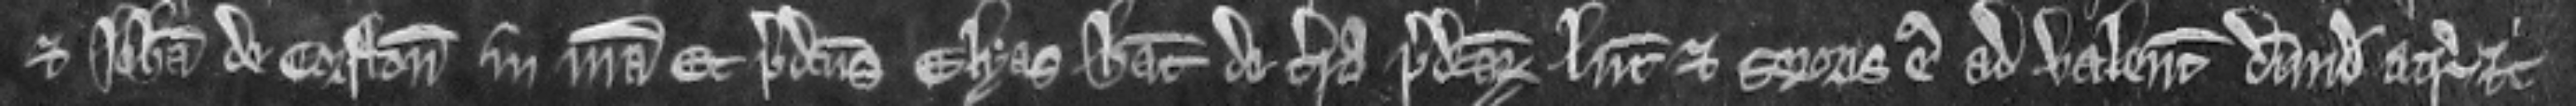
et Johanna de Corfton in misericordia. Et predictus Elyas habeat de terra predictarum Lucie et sororis ejus ad valenciam dimidie acre etc.